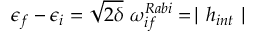
\epsilon _ { f } - \epsilon _ { i } = \sqrt { 2 \delta } \ \omega _ { i f } ^ { R a b i } = \mid h _ { i n t } \mid